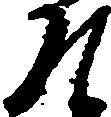
そ